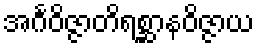
အင်္ဂဝိဇ္ဇာတိရစ္ဆာနဝိဇ္ဇာယ